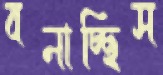
বনাচ্ছিস